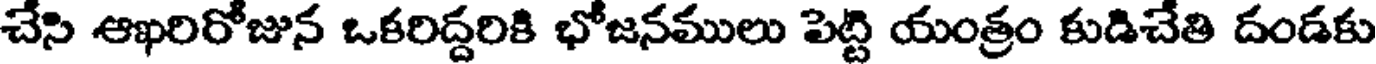
చేసి ఆఖరిరోజున ఒకరిద్దరికి భోజనములు పెట్టి యంత్రం కుడిచేతి దండకు